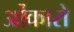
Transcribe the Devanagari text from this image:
ओंकारो